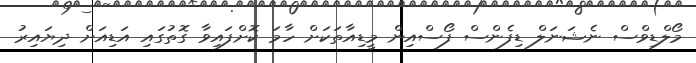
މޯލްޑިވްސް ނެޝަނަލް ޑިފެންސް ފޯސްއިން މީޑިއާތަކަށް ހާމަ ކޮށްފައިވާ ގޮތުގައި އަޑިއަށް ދިޔައިރު